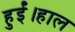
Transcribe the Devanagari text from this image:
हुईं।हाल